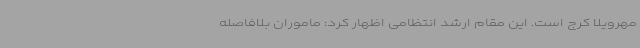
مهرویلا کرج است. این مقام ارشد انتظامی اظهار کرد: ماموران بلافاصله